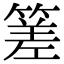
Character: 𥰭